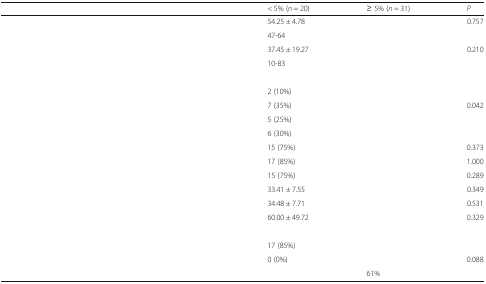
<table><thead><tr><td>[EMPTY_CELL]</td><td><b>&lt; 5% (<i>n</i> = 20)</b></td><td><b>≥ 5% (<i>n</i> = 31)</b></td><td><b><i>P</i></b></td></tr></thead><tbody><tr><td>[EMPTY_CELL]</td><td>54.25 ± 4.78</td><td>[EMPTY_CELL]</td><td>0.757</td></tr><tr><td>[EMPTY_CELL]</td><td>47-64</td><td>[EMPTY_CELL]</td><td>[EMPTY_CELL]</td></tr><tr><td>[EMPTY_CELL]</td><td>37.45 ± 19.27</td><td>[EMPTY_CELL]</td><td>0.210</td></tr><tr><td>[EMPTY_CELL]</td><td>10-83</td><td>[EMPTY_CELL]</td><td>[EMPTY_CELL]</td></tr><tr><td colspan="4">[EMPTY_CELL]</td></tr><tr><td>[EMPTY_CELL]</td><td>2 (10%)</td><td>[EMPTY_CELL]</td><td>[EMPTY_CELL]</td></tr><tr><td>[EMPTY_CELL]</td><td>7 (35%)</td><td>[EMPTY_CELL]</td><td>0.042</td></tr><tr><td>[EMPTY_CELL]</td><td>5 (25%)</td><td>[EMPTY_CELL]</td><td>[EMPTY_CELL]</td></tr><tr><td>[EMPTY_CELL]</td><td>6 (30%)</td><td>[EMPTY_CELL]</td><td>[EMPTY_CELL]</td></tr><tr><td>[EMPTY_CELL]</td><td>15 (75%)</td><td>[EMPTY_CELL]</td><td>0.373</td></tr><tr><td>[EMPTY_CELL]</td><td>17 (85%)</td><td>[EMPTY_CELL]</td><td>1.000</td></tr><tr><td>[EMPTY_CELL]</td><td>15 (75%)</td><td>[EMPTY_CELL]</td><td>0.289</td></tr><tr><td>[EMPTY_CELL]</td><td>33.41 ± 7.55</td><td>[EMPTY_CELL]</td><td>0.349</td></tr><tr><td>[EMPTY_CELL]</td><td>34.48 ± 7.71</td><td>[EMPTY_CELL]</td><td>0.531</td></tr><tr><td>[EMPTY_CELL]</td><td>60.00 ± 49.72</td><td>[EMPTY_CELL]</td><td>0.329</td></tr><tr><td colspan="4">[EMPTY_CELL]</td></tr><tr><td>[EMPTY_CELL]</td><td>17 (85%)</td><td>[EMPTY_CELL]</td><td>[EMPTY_CELL]</td></tr><tr><td rowspan="2">[EMPTY_CELL]</td><td>0 (0%)</td><td>[EMPTY_CELL]</td><td>0.088</td></tr><tr><td>[EMPTY_CELL]</td><td>61%</td><td>[EMPTY_CELL]</td></tr></tbody></table>